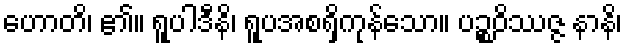
ဟောတိ၊ ၏။ ရူပါဒီနိ၊ ရူပအစရှိကုန်သော။ ပဉ္စဝိဿဇ္ဇ နာနိ၊